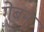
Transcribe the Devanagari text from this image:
गेबन